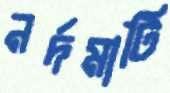
নর্দমাটি